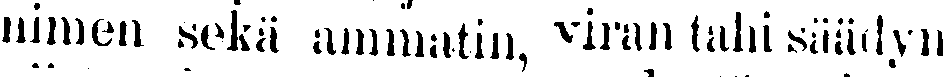
nimen sekä ammatin, viran tahi säädyn